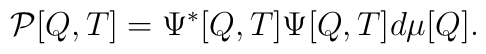
{\cal P}[Q,T] = \Psi^*[Q,T] \Psi[Q,T] d\mu[Q].